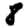
Digit: 8